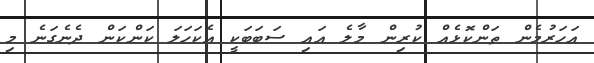
އަހަރުމެން ތަންކޮޅެއް ކުރިން މާލެ އައި ސަބަބަކީ އެކަހަލަ ކަންކަން ދެނެގަނެ މި